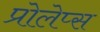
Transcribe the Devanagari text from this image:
प्रोलेप्स